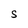
Character: S